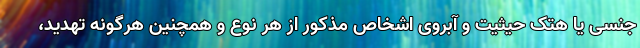
جنسی یا هتک حیثیت و آبروی اشخاص مذکور از هر نوع و همچنین هرگونه تهدید،